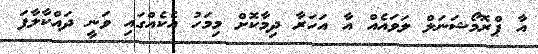
އާ ޕްރޮމޯޝަނަލް ލަވައެއް އާ އަހަރާ ދިމާކޮށް މިމަހު އެކެއްގައި ވަނީ ދައްކާލާފަ